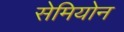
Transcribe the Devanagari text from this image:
सेमियोन